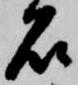
石